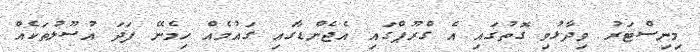
މިނިސްޓަރު ވިދާޅުވި ގޮތުގައި އެ ގްރޫޕްގައި އެޖެންޑާގައި ގައުމެއް ހިމެނޭ ފަދަ އުސޫލުތަކެއް